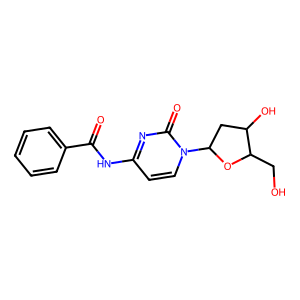
SMILES: O=C(Nc1ccn(C2CC(O)C(CO)O2)c(=O)n1)c1ccccc1
Inhibits HIV replication: No